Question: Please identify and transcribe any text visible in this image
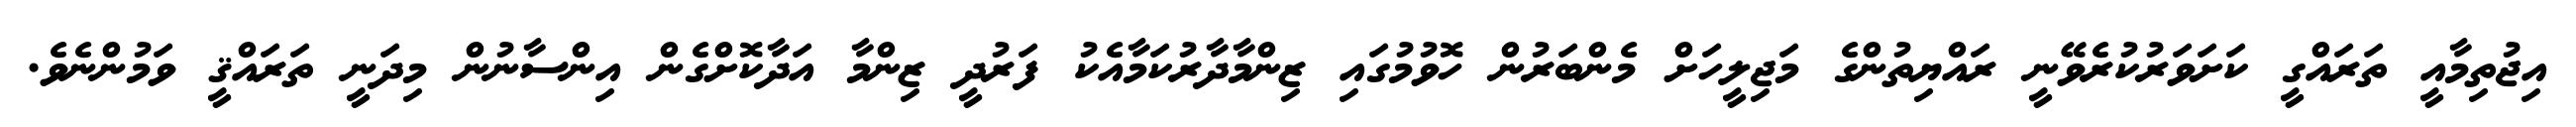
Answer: އިޖުތިމާއީ ތަރައްގީ ކަށަވަރުކުރެވޭނީ ރައްޔިތުންގެ މަޖިލީހަށް މެންބަރުން ހޮވުމުގައި ޒިންމާދާރުކަމާއެކު ފަރުދީ ޒިންމާ އަދާކޮށްގެން އިންސާނުން މިދަނީ ތަރައްޤީ ވަމުންނެވެ.